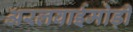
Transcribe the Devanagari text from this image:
अरलवाईमोड़ी